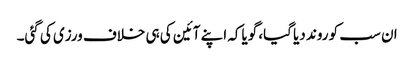
ان سب کو روند دیا گیا، گویاکہ اپنے آئین کی ہی خلاف ورزی کی گئی۔